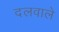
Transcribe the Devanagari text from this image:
दलवाले